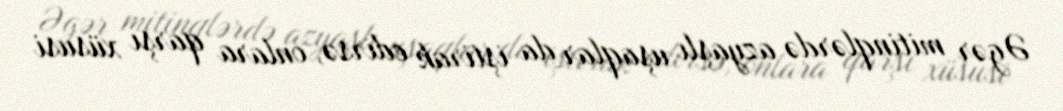
Əgər mitinqlərdə azyaşlı uşaqlar da iştirak edirsə, onlara qarşı xüsusi